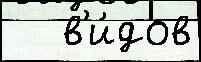
   в'и́дов